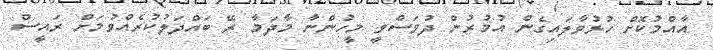
އާއްމުކޮށް ހުޅުވާލައިގެން އުމުރުން ދުވަސްވީ މީހުންނާ މާދަމާ ރޭ ބައްދަލުކުރެއްވުމަށް ރައީސް